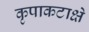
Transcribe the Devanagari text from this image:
कृपाकटाक्षे